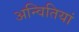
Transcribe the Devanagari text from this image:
अन्वितियां